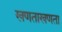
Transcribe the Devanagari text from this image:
खणताखणता